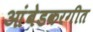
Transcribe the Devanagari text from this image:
आंबेडकरगीत